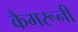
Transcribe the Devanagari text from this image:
कैमरूनी